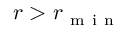
r > r _ { \mathrm { ~ m ~ i ~ n ~ } }